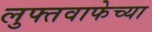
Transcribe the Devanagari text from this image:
लुफ्तवाफेच्या